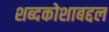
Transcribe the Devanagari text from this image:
शब्दकोशाबद्दल